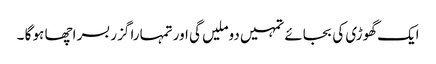
ایک گھوڑی کی بجائے تمہیں دوملیں گی اور تمہارا گزر بسر اچھا ہو گا ۔